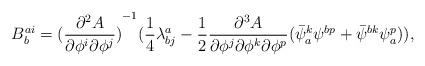
LaTeX: \begin{align*}B^{ai}_b ={(\frac{\partial^2 A}{\partial \phi^i \partial \phi^j})}^{-1}(\frac{1}{4} \lambda^{a}_{bj} - \frac{1}{2}\frac{\partial^3 A}{\partial \phi^j \partial \phi^k \partial \phi^p}(\bar \psi^k_a \psi^{bp} + \bar \psi^{bk} \psi_{a}^p)) ,\end{align*}